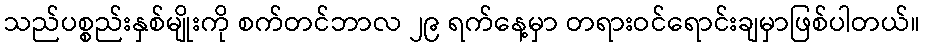
သည်ပစ္စည်းနှစ်မျိုးကို စက်တင်ဘာလ ၂၉ ရက်နေ့မှာ တရားဝင်ရောင်းချမှာဖြစ်ပါတယ်။